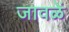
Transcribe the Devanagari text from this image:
जावळें